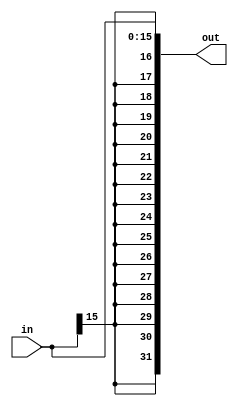
// Sign_extend

module Sign_extend ( in, out);
					 
	input [15:0] in;
	output [31:0] out;
  
	 assign out[31:0] = {in[15],in[15],in[15],in[15],in[15],in[15],in[15],in[15],in[15],in[15],in[15],in[15],in[15],in[15],in[15],in[15],in[15:0]};
  
endmodule